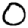
Digit: 0